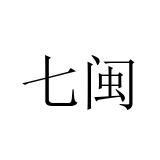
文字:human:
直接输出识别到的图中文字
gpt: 七闽